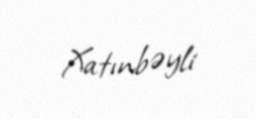
Xatınbəyli